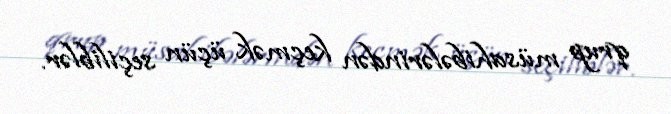
qrup müsahibələrindən keçmək üçün seçiliblər.